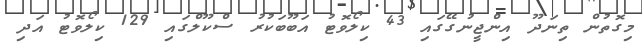
މިގޮތުން ތިނަދޫ އިންޖީނުގޭގައި 43 ކިލޯވޮޓު އަބޫބަކުރު ސްކޫލްގައި 129 ކިލޯވޮޓު އަދި